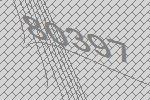
80397